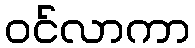
ဝင်လာကာ